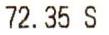
72.35 S